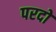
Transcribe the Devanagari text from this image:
परदो